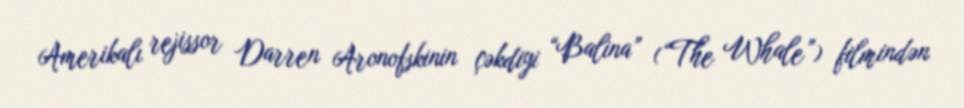
Amerikalı rejissor Darren Aronofskinin çəkdiyi “Balina” (“The Whale”) filmindən